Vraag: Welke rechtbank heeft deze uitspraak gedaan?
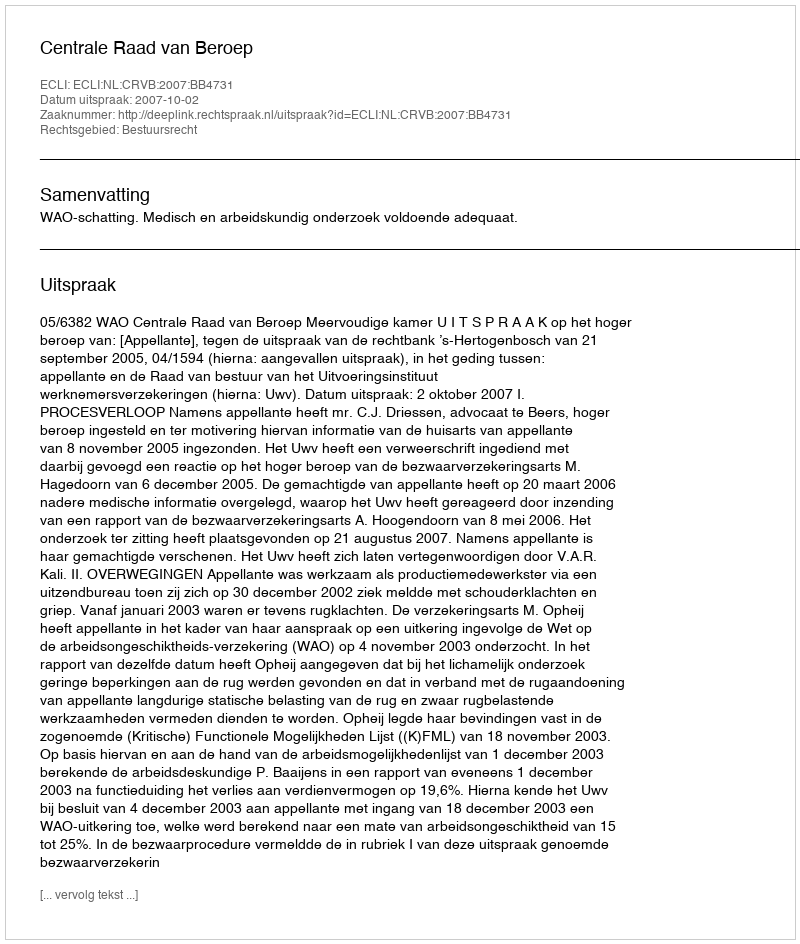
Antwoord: Centrale Raad van Beroep